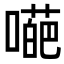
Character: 𡀥